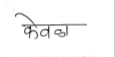
मजकूर: केवळा